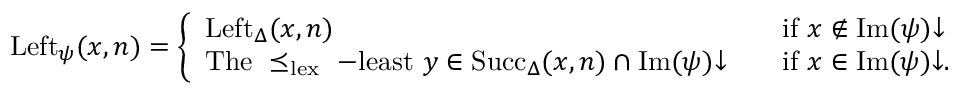
\begin{array} { r } { \mathrm { L e f t } _ { \psi } ( x , n ) = \left\{ \begin{array} { l l } { \mathrm { L e f t } _ { \Delta } ( x , n ) \quad } & { \mathrm { i f ~ } x \not \in \mathrm { I m } ( \psi ) { \downarrow } } \\ { \mathrm { T h e ~ \preceq _ { l e x } ~ - l e a s t ~ } y \in \mathrm { S u c c } _ { \Delta } ( x , n ) \cap \mathrm { I m } ( \psi ) { \downarrow } \quad } & { \mathrm { i f ~ } x \in \mathrm { I m } ( \psi ) { \downarrow } . } \end{array} \right. } \end{array}